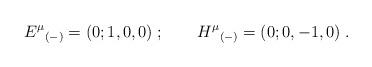
LaTeX: \begin{align*}{E^\mu}_{(-)} =(0; 1, 0, 0) \; ; \qquad {H^\mu}_{(-)} = (0; 0,-1,0) \; .\end{align*}